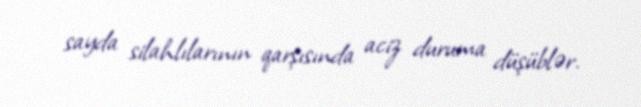
sayda silahlılarının qarşısında aciz duruma düşüblər.